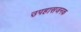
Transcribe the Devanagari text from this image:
उपहासजनक